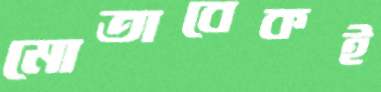
মোতাবেকই